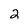
Character: 2